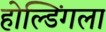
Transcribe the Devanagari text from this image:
होल्डिंगला